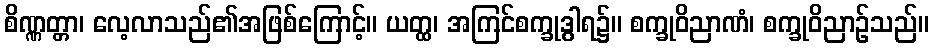
စိဏ္ဏတ္တာ၊ လေ့လာသည်၏အဖြစ်ကြောင့်။ ယတ္ထ၊ အကြင်စက္ခုဒွါရ၌။ စက္ခုဝိညာဏံ၊ စက္ခုဝိညာဉ်သည်။